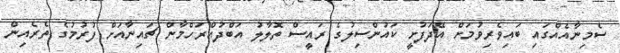
ސެމިނާއެއްގައި ބައިވެރިވުމަށް އޭދަފުށީ ކައުންސިލުގެ ރައީސް ތޮލާލު އަބްދުއްރަހްމާން ޗައިނާއަށް ފުރުމުގެ ތެރެއިން